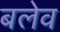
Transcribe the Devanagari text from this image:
बलेव